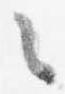
々